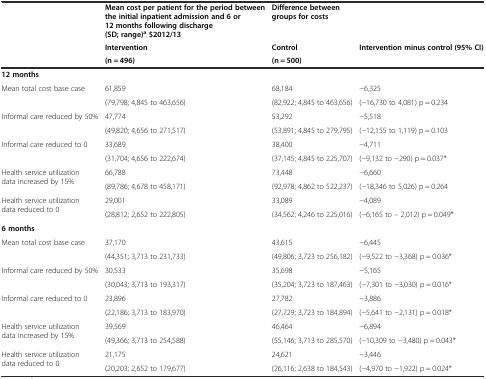
<table><thead><tr><td rowspan="3"></td><td><b>Mean cost per patient for the period between the initial inpatient admission and 6 or 12 months following discharge (SD; range)<sup>a</sup>$2012/13</b></td><td><b>Difference between groups for costs</b></td><td></td></tr><tr><td><b>Intervention</b></td><td><b>Control</b></td><td><b>Intervention minus control (95% CI)</b></td></tr><tr><td><b>(n = 496)</b></td><td><b>(n = 500)</b></td><td></td></tr></thead><tbody><tr><td><b>12 months</b></td><td></td><td></td><td></td></tr><tr><td rowspan="2">Mean total cost base case</td><td>61,859</td><td>68,184</td><td>−6,325</td></tr><tr><td>(79,798; 4,845 to 463,656)</td><td>(82,922; 4,845 to 463,656)</td><td>(−16,730 to 4,081) p = 0.234</td></tr><tr><td rowspan="2">Informal care reduced by 50%</td><td>47,774</td><td>53,292</td><td>−5,518</td></tr><tr><td>(49,820; 4,656 to 271,517)</td><td>(53,891; 4,845 to 279,795)</td><td>(−12,155 to 1,119) p = 0.103</td></tr><tr><td rowspan="2">Informal care reduced to 0</td><td>33,689</td><td>38,400</td><td>−4,711</td></tr><tr><td>(31,704; 4,656 to 222,674)</td><td>(37,145; 4,845 to 225,707)</td><td>(−9,132 to −290) p = 0.037*</td></tr><tr><td rowspan="2">Health service utilization data increased by 15%</td><td>66,788</td><td>73,448</td><td>−6,660</td></tr><tr><td>(89,786; 4,678 to 458,171)</td><td>(92,978; 4,862 to 522,237)</td><td>(−18,346 to 5,026) p = 0.264</td></tr><tr><td rowspan="2">Health service utilization data reduced to 0</td><td>29,001</td><td>33,089</td><td>−4,089</td></tr><tr><td>(28,812; 2,652 to 222,805)</td><td>(34,562; 4,246 to 225,016)</td><td>(−6,165 to – 2,012) p = 0.049*</td></tr><tr><td><b>6 months</b></td><td></td><td></td><td></td></tr><tr><td rowspan="2">Mean total cost base case</td><td>37,170</td><td>43,615</td><td>−6,445</td></tr><tr><td>(44,351; 3,713 to 231,733)</td><td>(49,806; 3,723 to 256,182)</td><td>(−9,522 to −3,368) p = 0.036*</td></tr><tr><td rowspan="2">Informal care reduced by 50%</td><td>30,533</td><td>35,698</td><td>−5,165</td></tr><tr><td>(30,043; 3,713 to 193,317)</td><td>(35,204; 3,723 to 187,463)</td><td>(−7,301 to −3,030) p = 0.016*</td></tr><tr><td rowspan="2">Informal care reduced to 0</td><td>23,896</td><td>27,782</td><td>−3,886</td></tr><tr><td>(22,186; 3,713 to 183,970)</td><td>(27,729; 3,723 to 184,894)</td><td>(−5,641 to −2,131) p = 0.018*</td></tr><tr><td rowspan="2">Health service utilization data increased by 15%</td><td>39,569</td><td>46,464</td><td>−6,894</td></tr><tr><td>(49,366; 3,713 to 254,588)</td><td>(55,146; 3,713 to 285,570)</td><td>(−10,309 to −3,480) p = 0.043*</td></tr><tr><td rowspan="2">Health service utilization data reduced to 0</td><td>21,175</td><td>24,621</td><td>−3,446</td></tr><tr><td>(20,203; 2,652 to 179,677)</td><td>(26,116; 2,638 to 184,543)</td><td>(−4,970 to −1,922) p = 0.024*</td></tr></tbody></table>